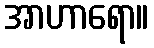
အာဟာရော။